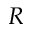
R